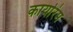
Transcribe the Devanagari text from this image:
कार्यारंम